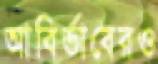
আবির্ভাবেরও